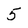
Character: 5